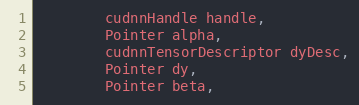
Language: Java
        cudnnHandle handle,
        Pointer alpha,
        cudnnTensorDescriptor dyDesc,
        Pointer dy,
        Pointer beta,